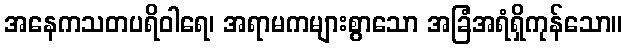
အနေကသတပရိဝါရေ၊ အရာမကများစွာသော အခြံအရံရှိကုန်သော။